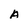
Character: A